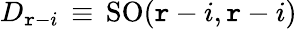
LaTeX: D_{\mathtt{r}-i}\, \equiv\, \mathrm{{SO}}(\mathtt{r}-i,\mathtt{r}-i)